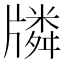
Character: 𤗷